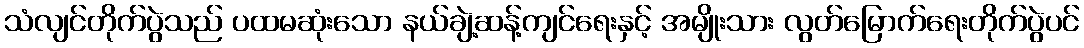
သံလျင်တိုက်ပွဲသည် ပထမဆုံးသော နယ်ချဲ့ဆန့်ကျင်ရေးနှင့် အမျိုးသား လွတ်မြောက်ရေးတိုက်ပွဲပင်